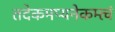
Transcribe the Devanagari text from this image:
तदेकमप्यनेकम्त्वं